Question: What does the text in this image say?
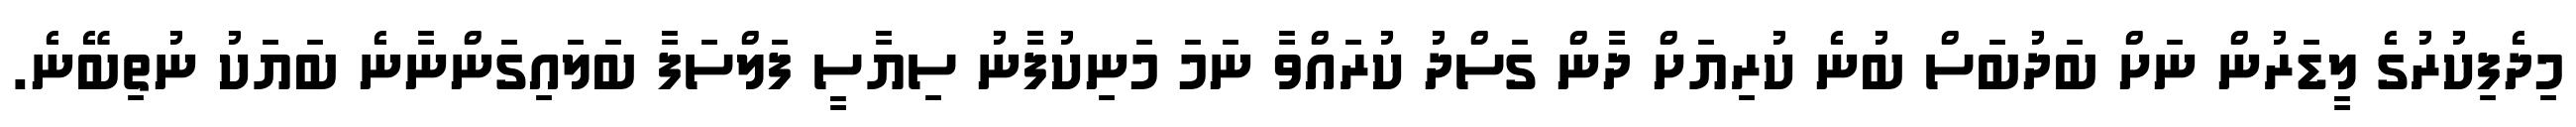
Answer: މިދެފިކުރުގެ ލީޑަރުން ނަށް ބަދުބަސް ބުނެ ކުރިޔަށް ދާން ގަސްދު ކުރައްވާ ނަމަ މަނިކުފާނު ސިޔާސީ ފަލްސަފާ ބަލައިގަންނާނެ ބަޔަކު ނުތިބޭނެ.